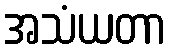
အသံယတာ